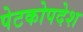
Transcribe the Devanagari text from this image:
पेटकोपदेश